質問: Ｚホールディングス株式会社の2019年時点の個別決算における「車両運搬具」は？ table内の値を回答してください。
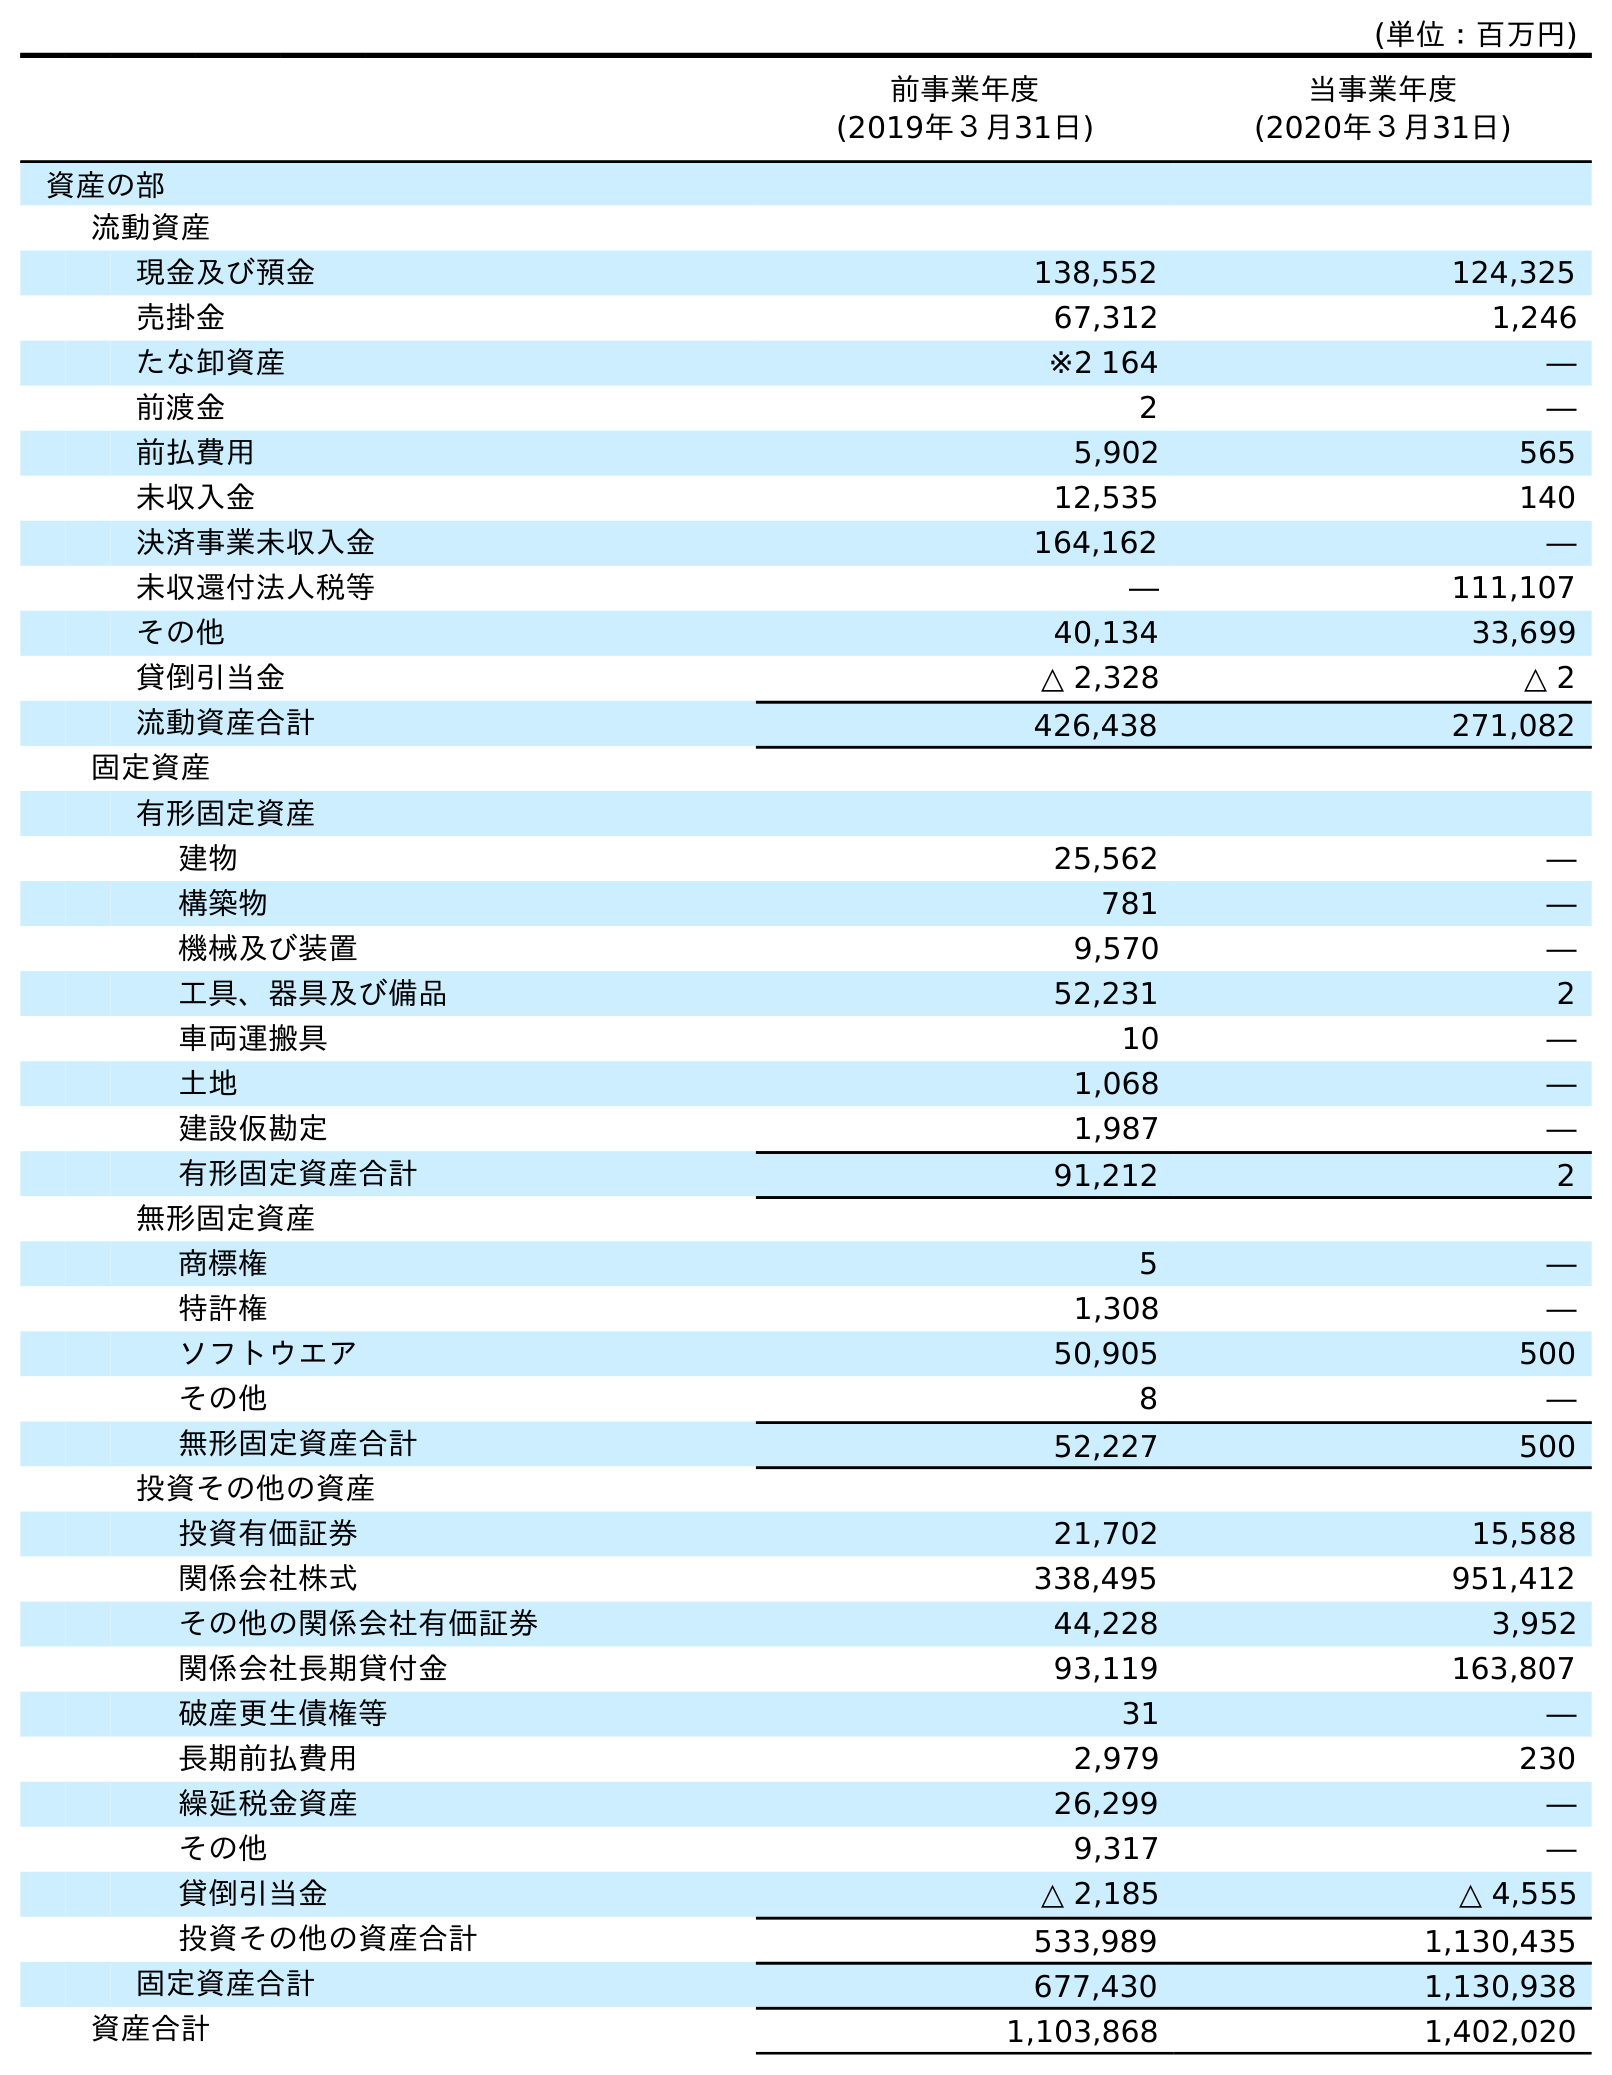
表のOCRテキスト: (単位：百万円) 前事業年度 (2019年３月31日) 当事業年度 (2020年３月31日) 資産の部 流動資産 現金及び預金 138,552 124,325 売掛金 67,312 1,246 たな卸資産 ※2 164 ― 前渡金 2 ― 前払費用 5,902 565 未収入金 12,535 140 決済事業未収入金 164,162 ― 未収還付法人税等 ― 111,107 その他 40,134 33,699 貸倒引当金 △ 2,328 △ 2 流動資産合計 426,438 271,082 固定資産 有形固定資産 建物 25,562 ― 構築物 781 ― 機械及び装置 9,570 ― 工具、器具及び備品 52,231 2 車両運搬具 10 ― 土地 1,068 ― 建設仮勘定 1,987 ― 有形固定資産合計 91,212 2 無形固定資産 商標権 5 ― 特許権 1,308 ― ソフトウエア 50,905 500 その他 8 ― 無形固定資産合計 52,227 500 投資その他の資産 投資有価証券 21,702 15,588 関係会社株式 338,495 951,412 その他の関係会社有価証券 44,228 3,952 関係会社長期貸付金 93,119 163,807 破産更生債権等 31 ― 長期前払費用 2,979 230 繰延税金資産 26,299 ― その他 9,317 ― 貸倒引当金 △ 2,185 △ 4,555 投資その他の資産合計 533,989 1,130,435 固定資産合計 677,430 1,130,938 資産合計 1,103,868 1,402,020
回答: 10